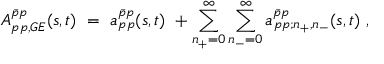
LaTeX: { A _ { p p , G E } ^ { \bar { p } p } } ( s , t ) \ = \ { a _ { p p } ^ { \bar { p } p } } ( s , t ) \ + \sum _ { n _ { + } = 0 } ^ { \infty } \sum _ { n _ { - } = 0 } ^ { \infty } a _ { p p ; n _ { + } , n _ { - } } ^ { \bar { p } p } ( s , t ) \ ,